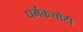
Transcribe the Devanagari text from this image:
धर्मकसौटी